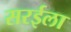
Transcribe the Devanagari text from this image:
सरईला